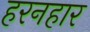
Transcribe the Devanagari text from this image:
हरनहार